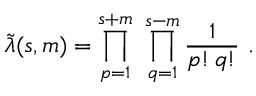
\tilde { \lambda } ( s , m ) = \prod _ { p = 1 } ^ { s + m } \ \prod _ { q = 1 } ^ { s - m } { \frac { 1 } { p ! \, q ! } } \ .